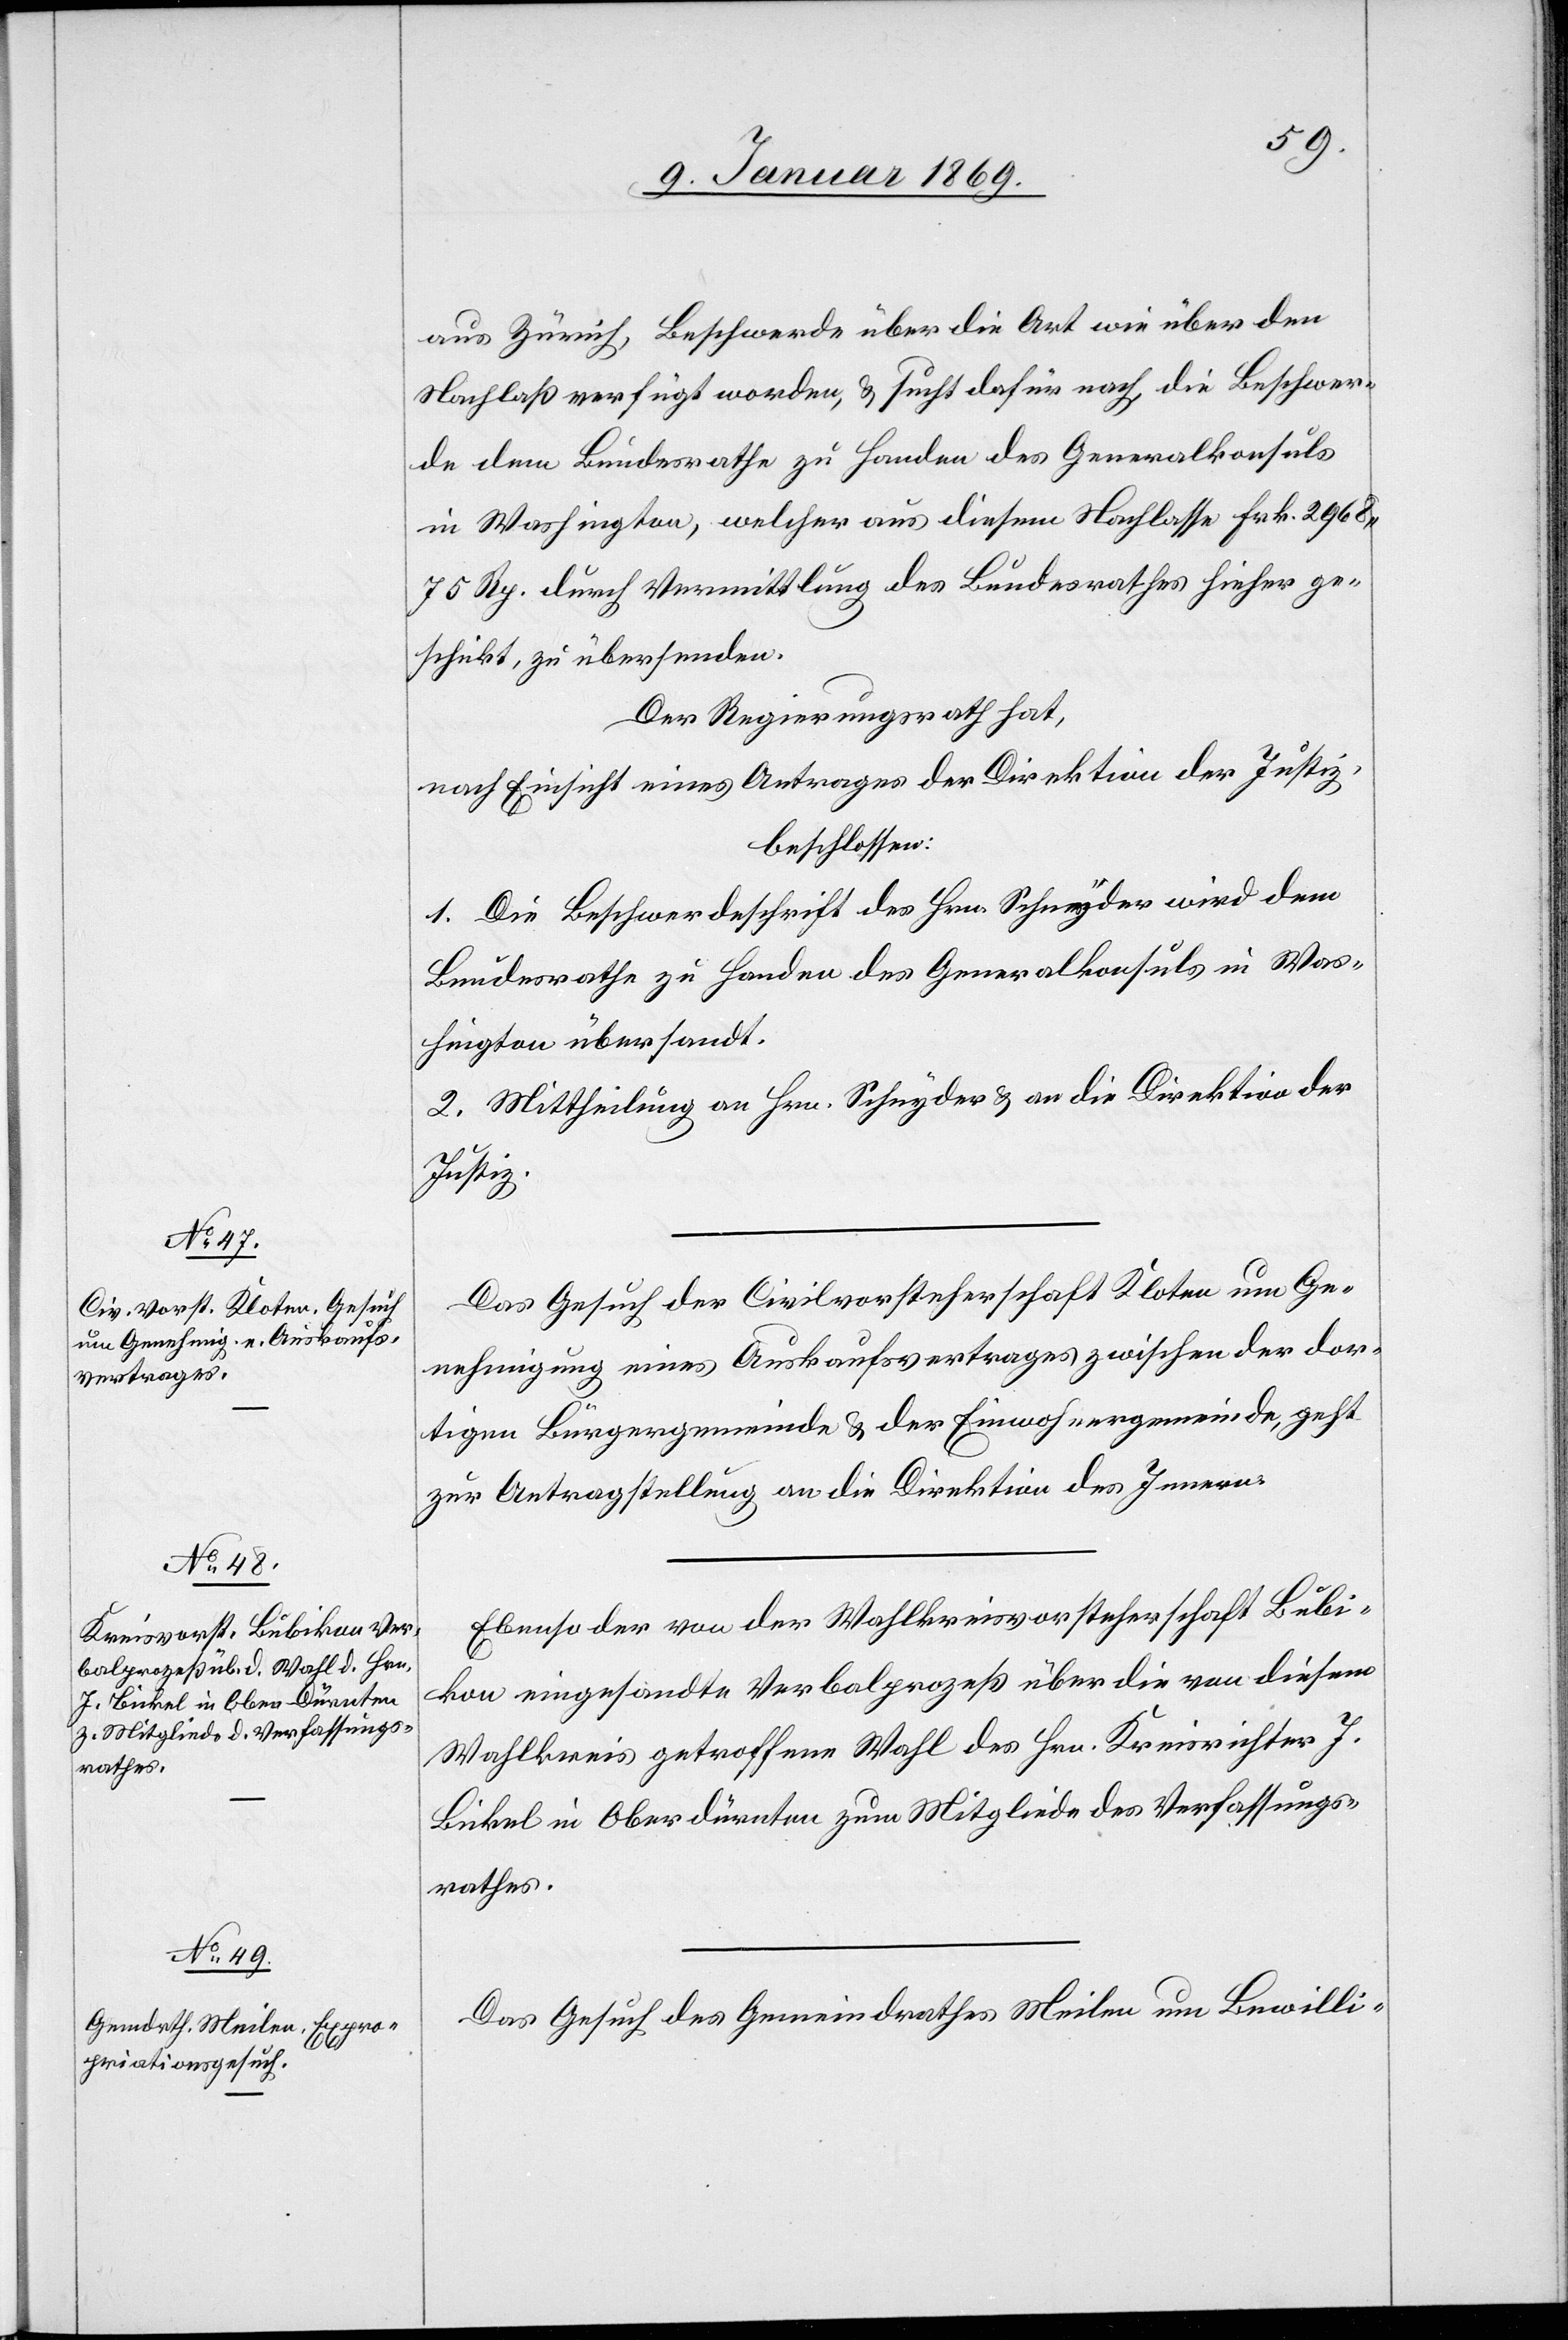
aus Zürich, Beschwerde über die Art wie über den
Nachlaß verfügt worden, u. sucht dafür nach, die Beschwer¬
de dem Bundesrathe zu Handen des Generalkonsuls
in Washington, welcher aus diesem Nachlasse Frk. 2968,75
Rp durch Vermittlung des Bundesrathes hieher ge¬
schickt, zu übersenden.
Der Regierungsrath hat,
nach Einsicht eines Antrages der Direktion der Justiz,
beschlossen:
1. Die Beschwerdeschrift des Hrn. Schnyder wird dem
Bundesrathe zu Handen des Generalkonsuls in Was¬
hington übersandt.
2. Mittheilung an Hrn. Schnyder u. an die Direktion der
Justiz.
Das Gesuch der Civilvorsteherschaft Kloten um Ge¬
nehmigung eines Auskaufsvertrages zwischen der dor¬
tigen Bürgergemeinde u. der Einwohnergemeinde, geht
zur Antragstellung an die Direktion des Innern.
Ebenso der von der Wahlkreisvorsteherschaft Bubi¬
kon eingesandte Verbalprozeß über die von diesem
Wahlkreis getroffenen Wahl des Hrn. Kreisrichter J.
Bickel in Oberdürnten zum Mitgliede des Verfassungs¬
rathes.
Das Gesuch des Gemeindrathes Meilen um Bewilli-